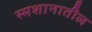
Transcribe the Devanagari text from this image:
स्मशानातील